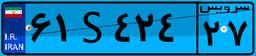
۴۷S۶۰۷۶۸